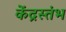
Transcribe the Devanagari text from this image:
केंद्रस्तंभ